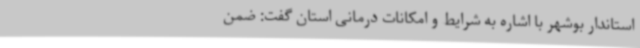
استاندار بوشهر با اشاره به شرایط و امکانات درمانی استان گفت: ضمن